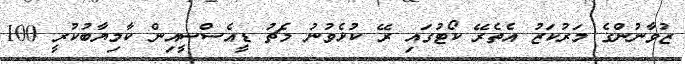
ޒުވާނުންގެ މަރުކަޒު އެތެރޭ ކޯޓުގައި ރޭ ކުޅެވުނު މެޗު ޑީއެސްސީއިން ކާމިޔާބުކުރީ 100